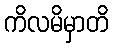
ကိလမိမှာတိ